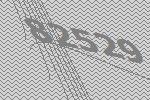
82529